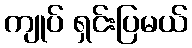
ကျုပ် ရှင်းပြမယ်